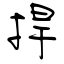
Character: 捍